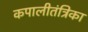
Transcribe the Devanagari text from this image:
कपालीतंत्रिका